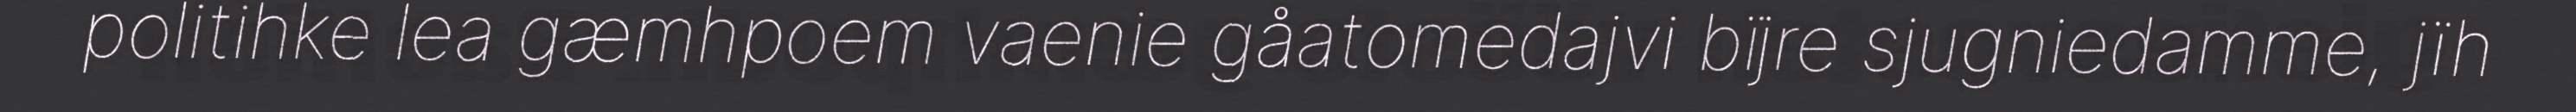
politihke lea gæmhpoem vaenie gåatomedajvi bïjre sjugniedamme, jïh